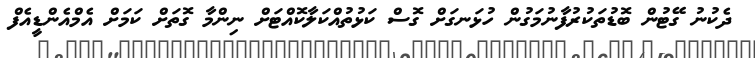
ދެކުނު ގޭޓުން ބޮޑުތަކުރުފާނުމަގުން ހުޅަނގަށް ގޮސް ކަޅުތުއްކަލާކޮއްޓަށް ނިންމާ ގޮތަށް ކަމަށް އެމްއެންޑީއެފް